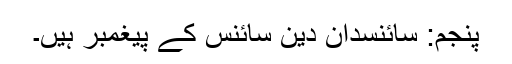
پنجم: سائنسدان دین سائنس کے پیغمبر ہیں۔